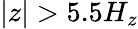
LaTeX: |z|>5.5H_{z}